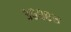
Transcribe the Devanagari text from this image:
३००८अ